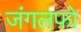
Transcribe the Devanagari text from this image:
जंगलफ़ो